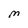
Character: M